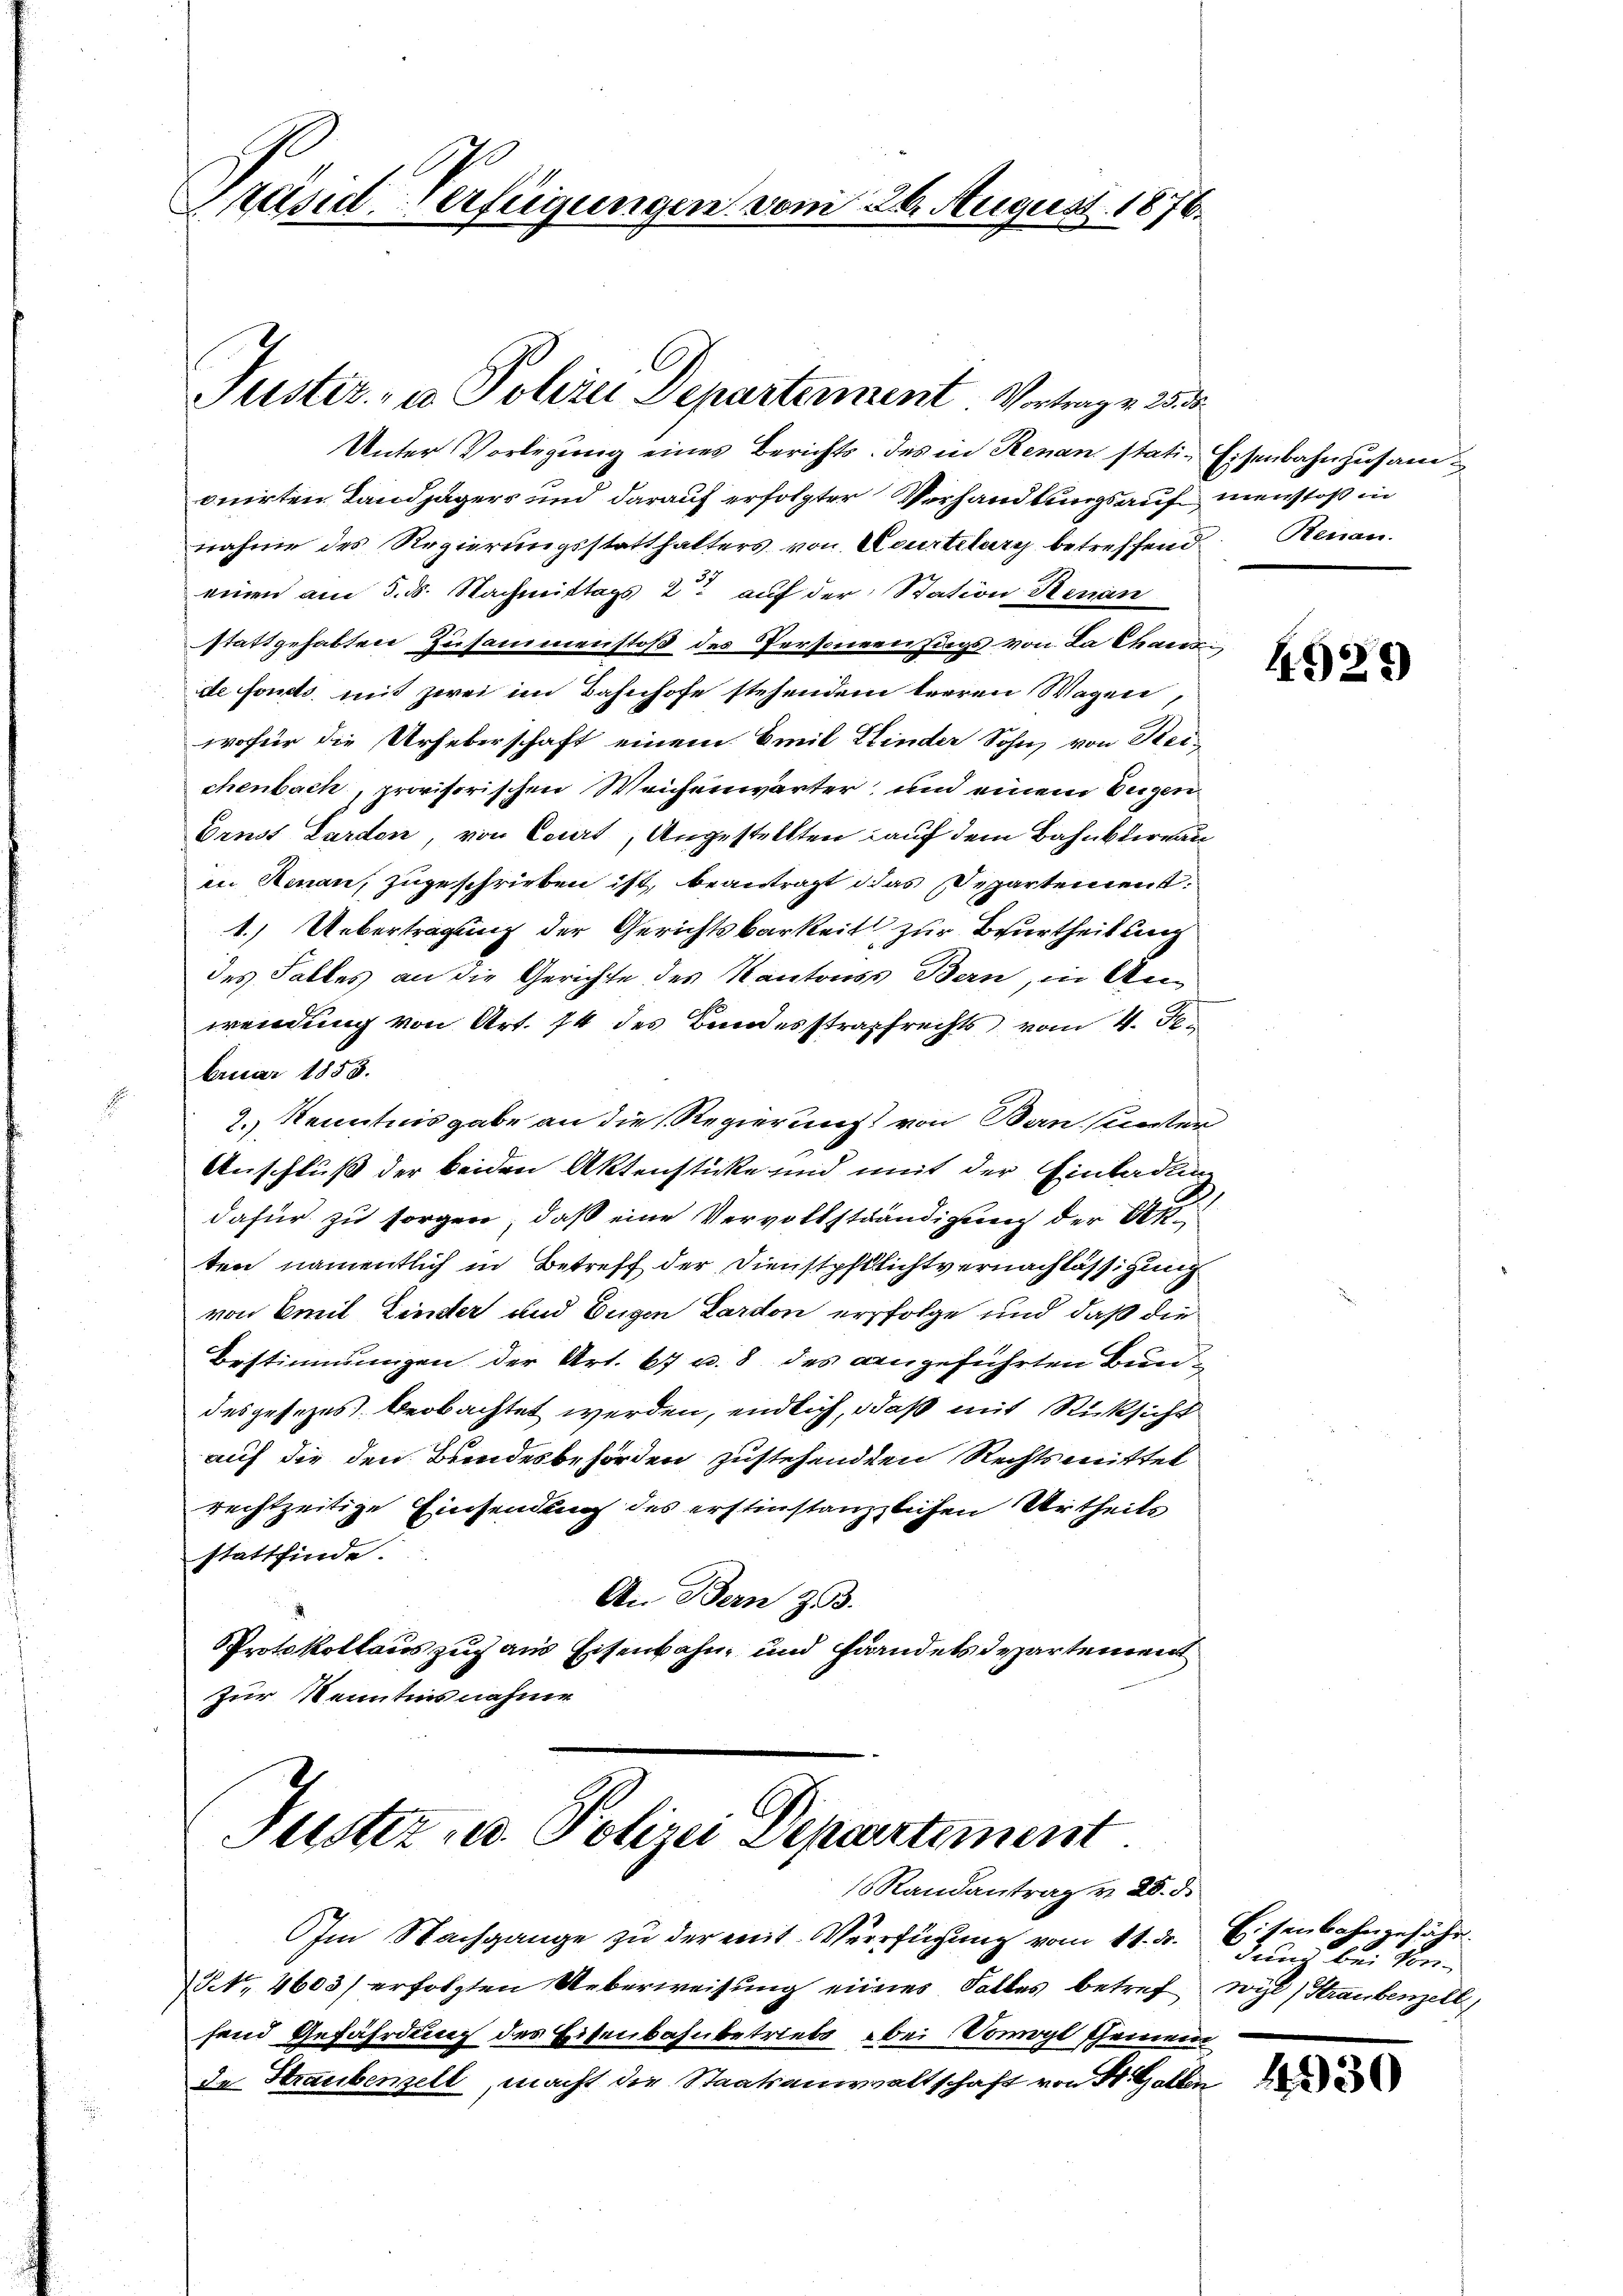
Präsid. Verfügungen vom 26. August 1876.

Unter Vorlegung eines Berichts. des in Renan stati- Eisenbahn zusamonirten Landjägers und darauf erfolgter Verhandlungsauf menstoß in
nahme des Regierungsstatthalters von Kourtelary betreffend Benan
einen am 3. ds. Nachmittags 2 auf der Station Senan
stattgehabten Zusammenstoß des Personen Tags von La Chaus
de fonds mit zwei im Bahnhofe stehendem beeren Wagen
wofür die Urheberschaft einem Emil Kinder Sohn, von Reichenbach, provisorischen Weichenwärter, und einem Eigen¬
Ernst Lardon, von Court, Angestellten auf dem Bahnburgau
in Renau, zugeschrieben ist, beantragt das Departement
1.) Uebertragung der Gerichtsbarkeit zur Beurtheilung
des Falles an die Gerichte des Kantonss Bern, in Anwendung von Art. 14 des Bundesstrafrechts vom 4. Februar 1858.
2.) Kenntnisgabe an die Regierung von Ban (unter
Anschluß der beiden Aktenstücke und mit der Einladung
dafür zu sorgen, daß eine Vervollständigung der Akten namentlich in Betreff der Dienstpflichtvernachlässigung
von Emil Zinser und Eugen Lardon erfolge und daß die
Bestimmungen der Art. 67 u. 8 des angeführten Bundesgesezes beobachtet werden, endlich, daß mit Rücksicht
auf die den Brandesbehörden zustehenden Rechtsmittel
rechtzeitige Einsendung des erstinstanzlichen Urtheils
stattfinde.
An Bern z 3.
Protokollauszug aus Eisenbahn und Handelsdepartement
Zur Kenntnis nahme
Tuster u. Polizei Departement.
Randantrag v. 28. d.
Im Nachgange zu der mit Verfügung vom 11. d. Eisenbahngefähr¬
NNo. 4603) erfolgten Ueberweisung eines Falles betref wyl) Straubenzell
fend Gefährdung des Eisenbahnbetriebe, bei Vowyl scheinen
de Straubenzell, macht der Staatsanwaltschaft von St. Galle

Justiz- u. Polizei Departement Vortrage 23 de

4925)

dung bei Ver